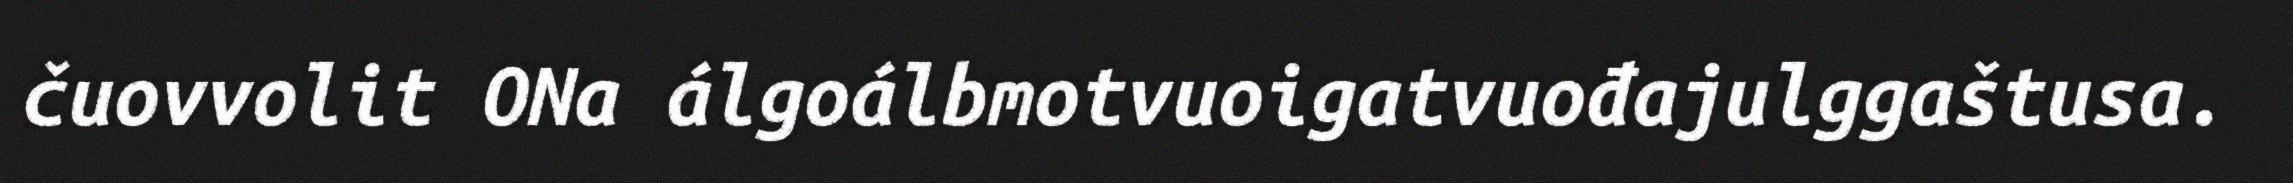
čuovvolit ONa álgoálbmotvuoigatvuođajulggaštusa.